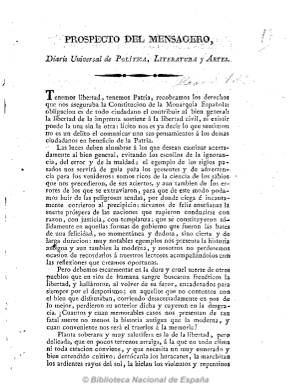
Título: El Mensagero (Madrid. 1820)
Otros títulos: El Mensajero
Colección: Periódicos anteriores a 1850
Ámbito geográfico: Madrid
Lugar de publicación: Madrid
Fechas: 01/01/1820-01/01/1820

La Biblioteca Nacional de España dispone sólo del prospecto, sin fecha ni pie de imprenta, de este periódico, según el cual se subtitula “diario universal de política, literatura y artes”. Debió publicar unos treinta números, desde mediados de mayo al 30 de junio de 1820. Según su plan, contendría artículos de política, noticias nacionales y extranjeras, legislación y artículos de literatura, de teatro y artes.

Al reseñar La periodico-manía (número 8) su desaparición, que debió ser por falta de financiación, señala que su editor había sido quien fue redactor de Minerva española (1805), por lo que se trataría del traductor, historiador, periodista, lexicógrafo y político murciano Pedro María de Olive, del que resalta sus meritorios trabajos literarios en este su nuevo y efímero periódico. Debió salir de la imprenta de la Viuda de López, y tuvo carácter constitucionalista y una tendencia liberal templada o moderada.